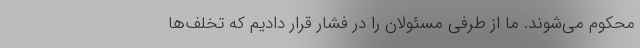
محکوم می‌شوند. ما از طرفی مسئولان را در فشار قرار دادیم که تخلف‌ها